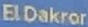
ElDakror